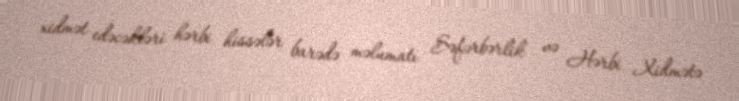
xidmət edəcəkləri hərbi hissələr barədə məlumatı Səfərbərlik və Hərbi Xidmətə